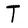
Character: T